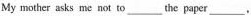
My mother asks me not to ___ the paper ___,